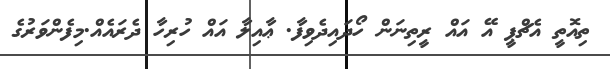
ތިއޮތީ އެޗްޕީ އޭ އައް ރީތިނަން ހޯދައިދެވިފާ. ޢާއިލާ އައް ހުރިހާ ދެރައެއް.މިފެންވަރުގެ